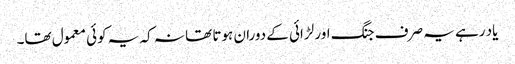
یاد رہے یہ صرف جنگ اور لڑائی کے دوران ہوتا تھا نہ کہ یہ کوئی معمول تھا۔